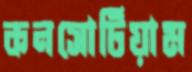
কনসোর্টিয়াম